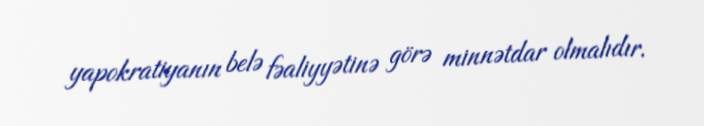
yapokratiyanın belə fəaliyyətinə görə minnətdar olmalıdır.